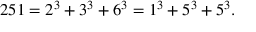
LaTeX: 2 5 1 = 2 ^ { 3 } + 3 ^ { 3 } + 6 ^ { 3 } = 1 ^ { 3 } + 5 ^ { 3 } + 5 ^ { 3 } .